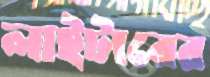
লাইটারের